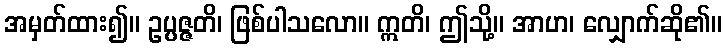
အမှတ်ထား၍။ ဥပ္ပဇ္ဇတိ၊ ဖြစ်ပါသလော။ ဣတိ၊ ဤသို့။ အာဟ၊ လျှောက်ဆို၏။